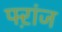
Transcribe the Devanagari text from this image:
फ्ऱांज